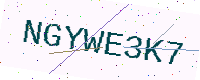
Text: NGYWE3K7